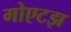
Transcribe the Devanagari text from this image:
गोएटझ